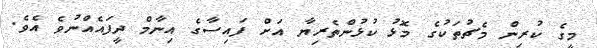
މީގެ ކުރިން މެޗުތަކުގެ މޮޅު ކުޅުންތެރިޔާ އަށް ފައިސާގެ އިނާމް ދީފައެއްނުވެ އެވެ.